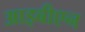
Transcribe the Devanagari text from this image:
आइबीएन